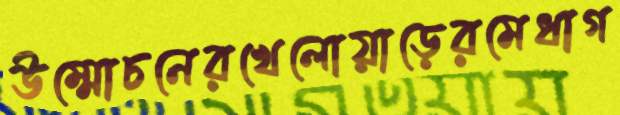
উম্মোচনেরখেলোয়াড়েরমেধাগ